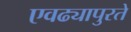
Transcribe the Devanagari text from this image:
एवढ्यापुरते